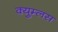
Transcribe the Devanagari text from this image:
क्युम्लस